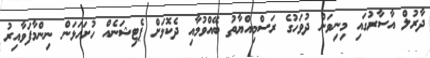
ދާރުލް އާސާރުގައި މިނިވަން ދުވަހުގެ ރަސްމިއްޔާތު ބޭއްވުމާއި ދެކޮޅަށް ޕެޓިޝަނެއް ހުށަހަޅަން ނިންމާފަވާއިރު